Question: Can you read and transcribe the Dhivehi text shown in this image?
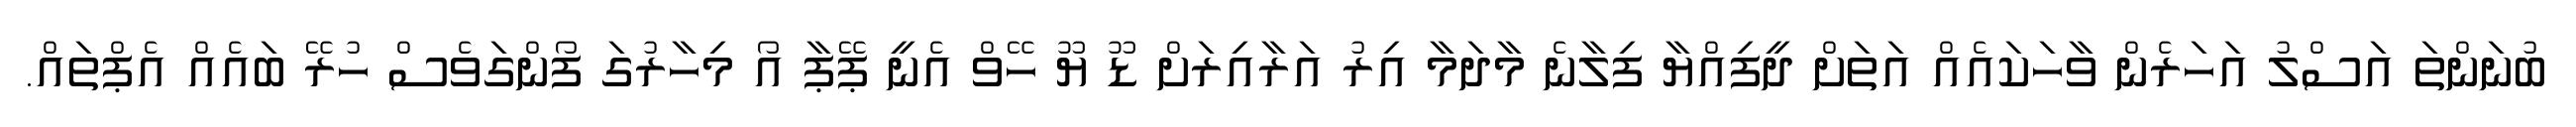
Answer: ބުނަންތަ އަސްލު އަހަރެން ވާހަކައެއް އަތަށް ދީފިއްޔާ ފިލާނެ މާދަމާ އިރު އަރާއިރަށް ޑޫ ޔޫ ހޭވް އެނީ ޕޭޕާ އޯ މިހާރުގަ ފޯންގަވެސް ހުރޭ ބައެއް އެޕްތައް.